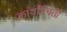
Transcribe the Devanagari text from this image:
कार्यान्विती